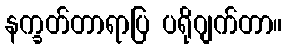
နက္ခတ်တာရာပြ ပရိုဂျက်တာ။